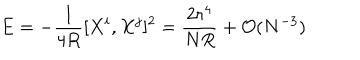
E = - \frac { 1 } { 4 R } [ X ^ { i } , X ^ { j } ] ^ { 2 } = \frac { 2 r ^ { 4 } } { N R } + { \cal O } ( N ^ { - 3 } )